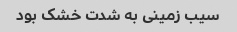
سیب زمینی به شدت خشک بود